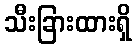
သီးခြားထားရှိ